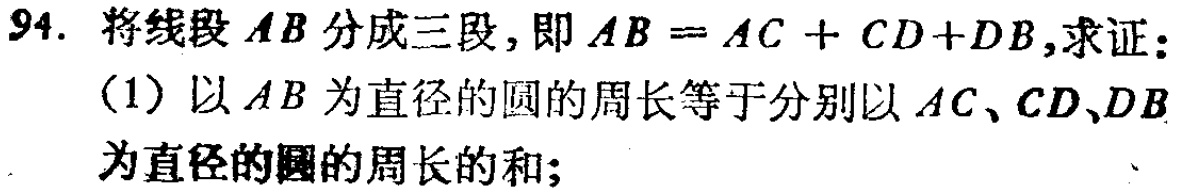
94. 将线段 \(AB\) 分成三段，即 \(AB = AC + CD+DB\)，求证：
（1）以 \(AB\) 为直径的圆的周长等于分别以 \(AC\)、\(CD\)、\(DB\) 为直径的圆的周长的和；